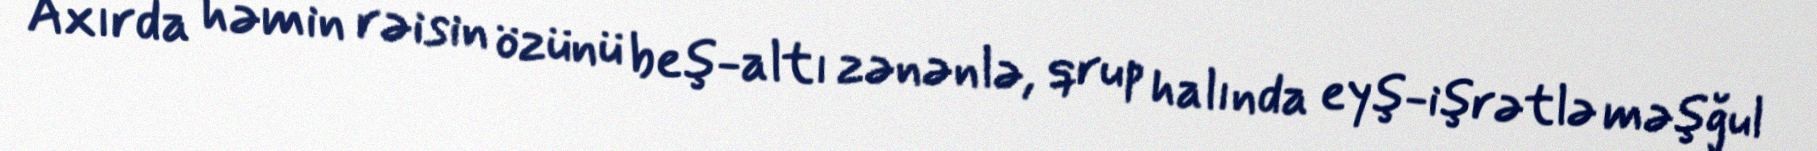
Axırda həmin rəisin özünü beş-altı zənənlə, qrup halında eyş-işrətlə məşğul